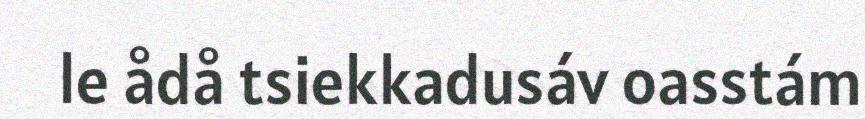
le ådå tsiekkadusáv oasstám